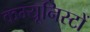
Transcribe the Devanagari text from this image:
कम्यूनिस्टों